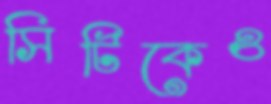
সিটিকেও